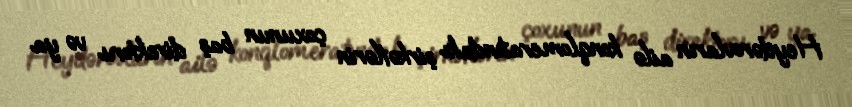
Heydərovların ailə konqlomeratındakı şirkətlərin çoxunun baş direktoru və ya